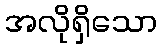
အလိုရှိသော